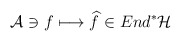
\begin{align*}{\cal A}\ni f\longmapsto \widehat{f}\in End^{*}{\cal H}\end{align*}